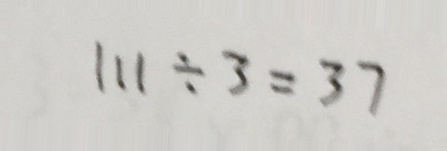
1 1 1 \div 3 = 3 7